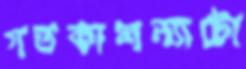
গতকালন্যাটো